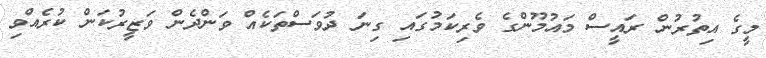
މީގެ އިތުރުން ރައީސް މައުމޫންގެ ވެރިކަމުގައި ގިނަ ދުވަސްތަކެއް ވަންދެން ވަޒީރުކަން ކުރެއްވި